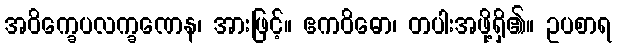
အဝိက္ခေပလက္ခဏေန၊ အားဖြင့်။ ဧကဝိဓော၊ တပါးအဖို့ရှိ၏။ ဥပစာရ